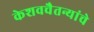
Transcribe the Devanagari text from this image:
केशवचैतन्यांचे